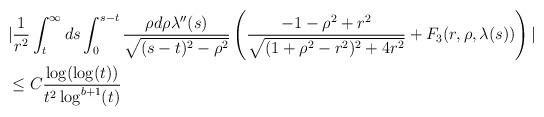
LaTeX: \begin{align*} &|\frac{1}{r^{2}} \int_{t}^{\infty} ds \int_{0}^{s-t} \frac{\rho d\rho \lambda''(s)}{\sqrt{(s-t)^{2}-\rho^{2}}} \left(\frac{-1-\rho^{2}+r^{2}}{\sqrt{(1+\rho^{2}-r^{2})^{2}+4r^{2}}}+F_{3}(r,\rho,\lambda(s))\right)|\\&\leq C \frac{\log(\log(t))}{t^{2}\log^{b+1}(t)} \end{align*}